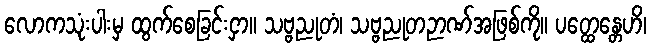
လောကသုံးပါးမှ ထွက်စေခြင်းငှာ။ သဗ္ဗညုတံ၊ သဗ္ဗညုတဉာဏ်အဖြစ်ကို။ ပတ္ထေန္တေဟိ၊